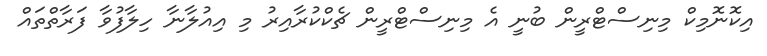
އިކޮނޮމިކް މިނިސްޓްރީން ބުނީ އެ މިނިސްޓްރީން ޗެކްކުރާއިރު މި އިއުލާނާ ހިލާފުވާ ފަރާތްތައް